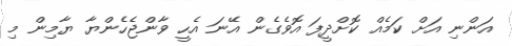
އަންނި އަށް ކަމެއް ކޮށްދީފަ އޮވެގެން އޭނަ އެހީ ވާންޖެހެންޔާ ޔާމިން މި